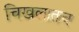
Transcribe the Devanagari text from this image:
चिखलातच